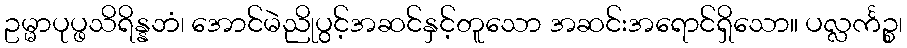
ဥမ္မာပုပ္ဖသိရိန္နဘံ၊ အောင်မဲညိုပွင့်အဆင်နှင့်တူသော အဆင်းအရောင်ရှိသော။ ပလ္လင်္ကဉ္စ၊